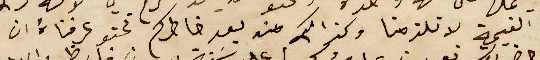
القيمة لا تلزمنا وكذالك من بعد خاطركم نحنو عرفناهُ ان